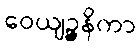
ဝေယျဉ္ဇနိကာ